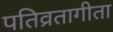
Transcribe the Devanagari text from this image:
पतिव्रतागीता